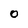
Character: O